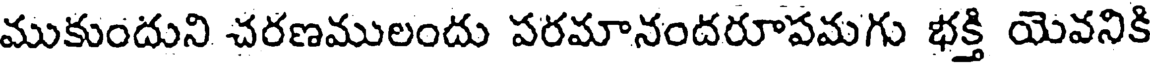
ముకుందుని చరణములందు పరమానందరూపమగు భక్తి యెవనికి